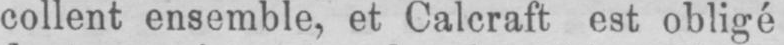
collent ensemble, et Calcraft est obligé